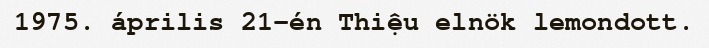
1975. április 21-én Thiệu elnök lemondott.